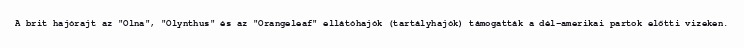
A brit hajórajt az "Olna", "Olynthus" és az "Orangeleaf" ellátóhajók (tartályhajók) támogatták a dél-amerikai partok előtti vizeken.